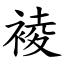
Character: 裬